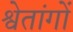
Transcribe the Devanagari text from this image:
श्वेतांगों